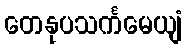
တေနုပသင်္ကမေယျံ